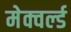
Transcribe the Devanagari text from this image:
मेक्वर्ल्ड